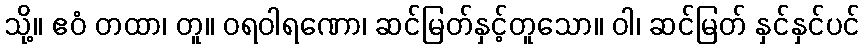
သို့။ ဧဝံ တထာ၊ တူ။ ဝရဝါရဏော၊ ဆင်မြတ်နှင့်တူသော။ ဝါ၊ ဆင်မြတ် နှင်နှင်ပင်